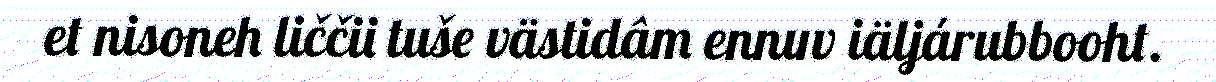
et nisoneh liččii tuše västidâm ennuv iäljárubbooht.